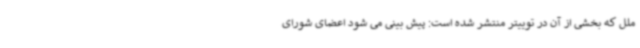
ملل که بخشی از آن در توییتر منتشر شده است: پیش بینی می شود اعضای شورای